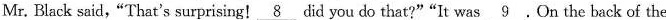
Mr. Black said,“That's surprising!\underline{8}did you do that?"“It was \underline{9} .On the back of the